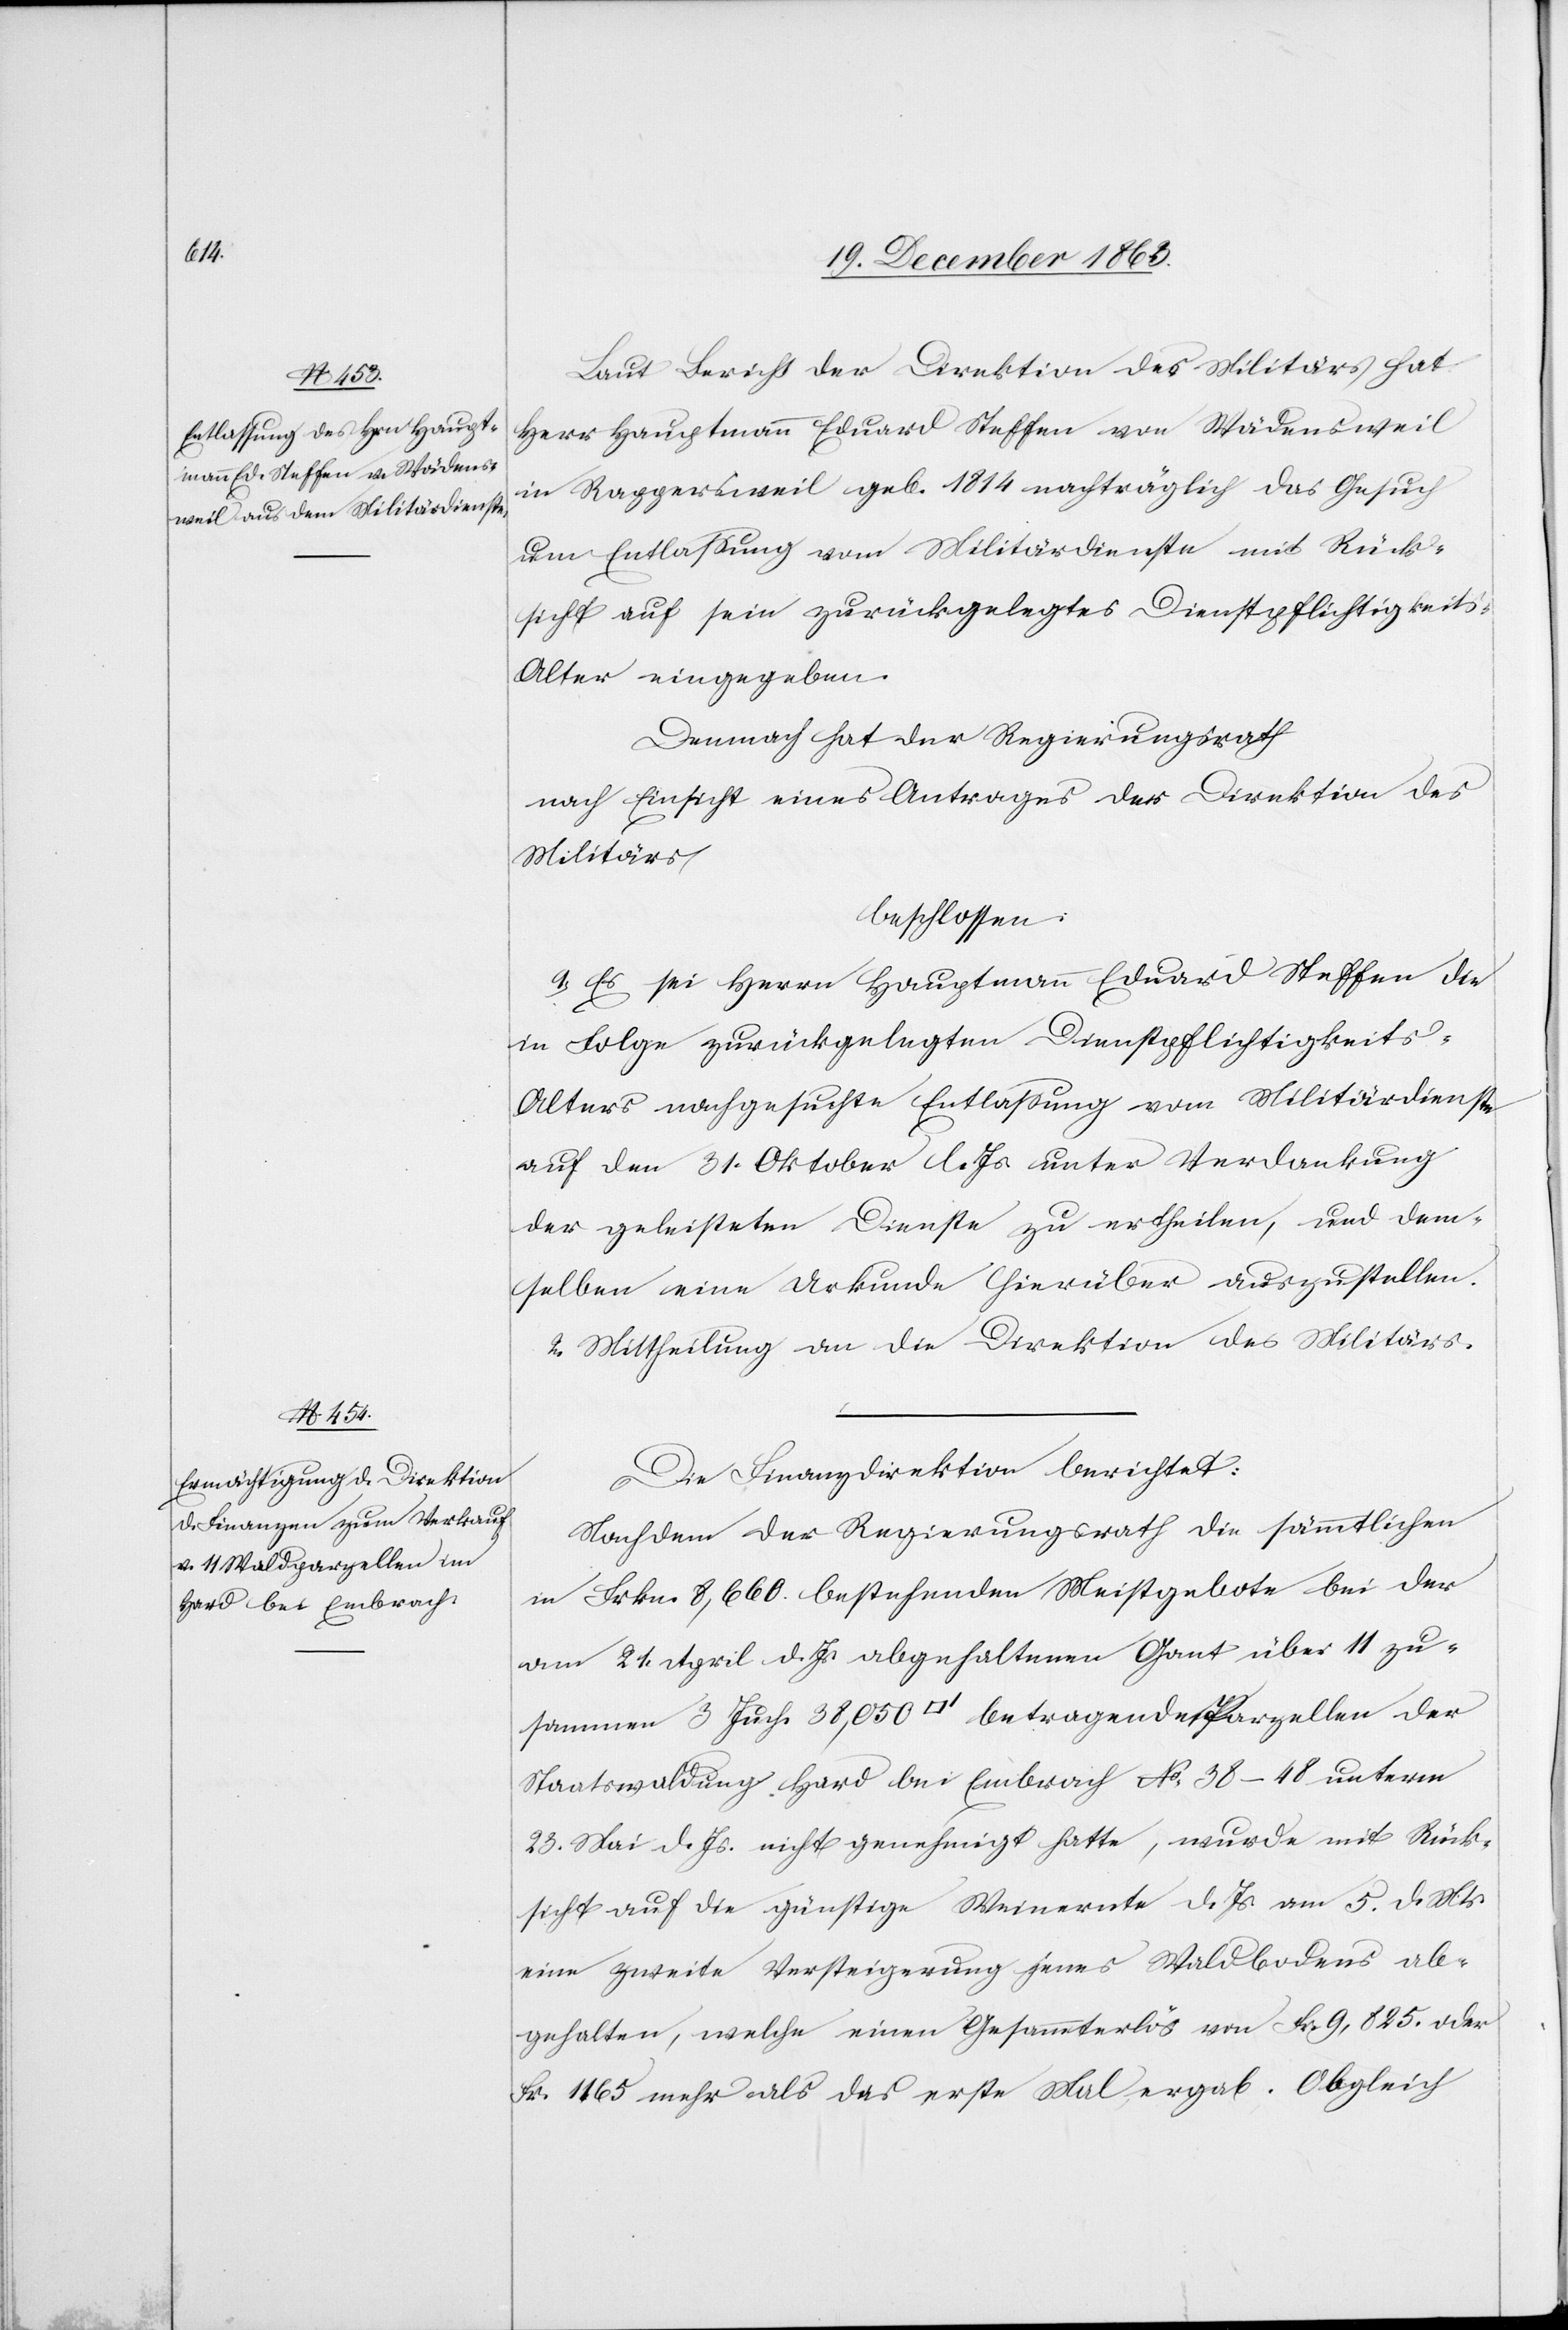
Laut Bericht der Direktion des Militärs hat
Herr Hauptmann Eduard Steffen von Wädensweil
in Rappersweil geb. 1814 nachträglich das Gesuch
um Entlassung vom Militärdienste mit Rück¬
sicht auf sein zurückgelegtes Dienstpflichtigkeit¬
s-Alter eingegeben.
Demnach hat der Regierungsrath
nach Einsicht eines Antrages der Direktion des
Militärs
beschlossen:
1. Es sei Herrn Hauptmann Eduard Steffen die
in Folge zurückgelegten Dienstpflichtigkeits-A¬
lters nachgesuchte Entlassung vom Militärdienste
der geleisteten Dienste zu ertheilen, und dem¬
selben eine Urkunde hierüber auszustellen.
2. Mittheilung an die Direktion des Militärs.
Die Finanzdirektion berichtet:
Nachdem der Regierungsrath die sämmtlichen
in Frkn. 8,660. bestehenden Meistgebote bei der
am 21. April d. Js. abgehaltenen Gant über 11 zu¬
sammen 5 Juch. 38,050 [Quadratfuss] betragende Parzellen der
Staatswaldung Hard bei Embrach No 38–48 unterm
23. Mai d. Js. nicht genehmigt hatte, wurde mit Rück¬
sicht auf die günstige Weinernte d. Js. am 5. d. Mts.
eine zweite Versteigerung jenes Waldbodens ab¬
gehalten, welche einen Gesammterlös von Fr. 9,825. oder
Fr. 1165 mehr als das erste Mal ergab. Obgleich